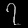
Digit: ၇